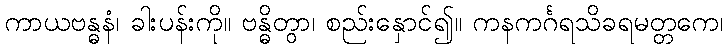
ကာယဗန္ဓနံ၊ ခါးပန်းကို။ ဗန္ဓိတွာ၊ စည်းနှောင်၍။ ကနကင်္ဂရသိခရမတ္တကေ၊